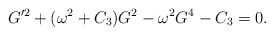
\begin{align*}G'^2 + ( \omega^2 + C_3 )G^2 - \omega^2G^4 - C_3 = 0.\end{align*}